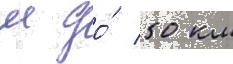
м до́ 50 км